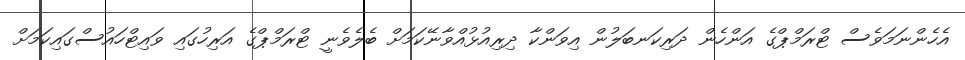
އެހެންނަމަވެސް ޓްރަމްޕްގެ އަންހެން ދަރިކަނބަލުން އިވަންކާ ދިރިއުޅުއްވާނޭކަމަށް ބެލެވެނީ ޓްރަމްޕްގެ އަރިހުގައި ވައިޓްހައުސްގައިކަމަށް